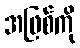
အဖြစ်ကို